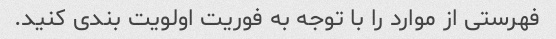
فهرستی از موارد را با توجه به فوریت اولویت بندی کنید.